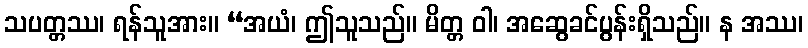
သပတ္တဿ၊ ရန်သူအား။ “အယံ၊ ဤသူသည်။ မိတ္တ ဝါ၊ အဆွေခင်ပွန်းရှိသည်။ န အဿ၊